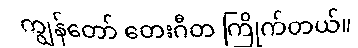
ကျွန်တော် တေးဂီတ ကြိုက်တယ်။